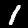
Digit: 1